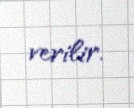
verilir.